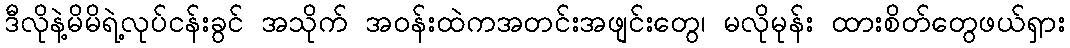
ဒီလိုနဲ့မိမိရဲ့လုပ်ငန်းခွင် အသိုက် အဝန်းထဲကအတင်းအဖျင်းတွေ၊ မလိုမုန်း ထားစိတ်တွေဖယ်ရှား